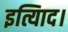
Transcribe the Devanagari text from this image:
इत्यािद।